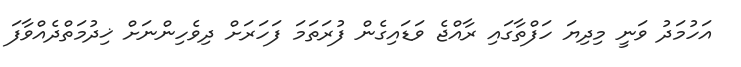
އަހުމަދު ވަނީ މިދިޔަ ހަފްތާގައި ރާއްޖެ ވަޑައިގެން ފުރަތަމަ ފަހަރަށް ދިވެހިންނަށް ޚިދުމަތްދެއްވާފަ